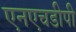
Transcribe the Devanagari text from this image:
एनएचडीपी